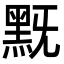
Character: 黖